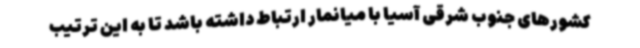
کشورهای جنوب شرقی آسیا با میانمار ارتباط داشته باشد تا به این ترتیب